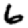
Digit: 6